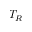
T _ { R }